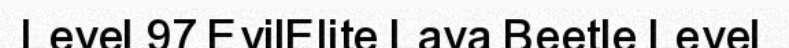
Level 97 EvilElite Lava Beetle Level